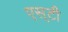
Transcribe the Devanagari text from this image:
एस्‌टी